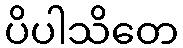
ပိပါသိတေ